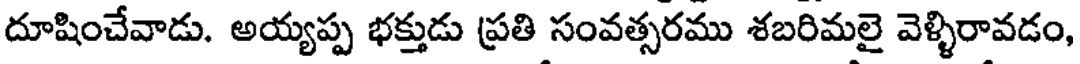
దూషించేవాడు. అయ్యప్ప భక్తుడు ప్రతి సంవత్సరము శబరిమలై వెళ్ళిరావడం,